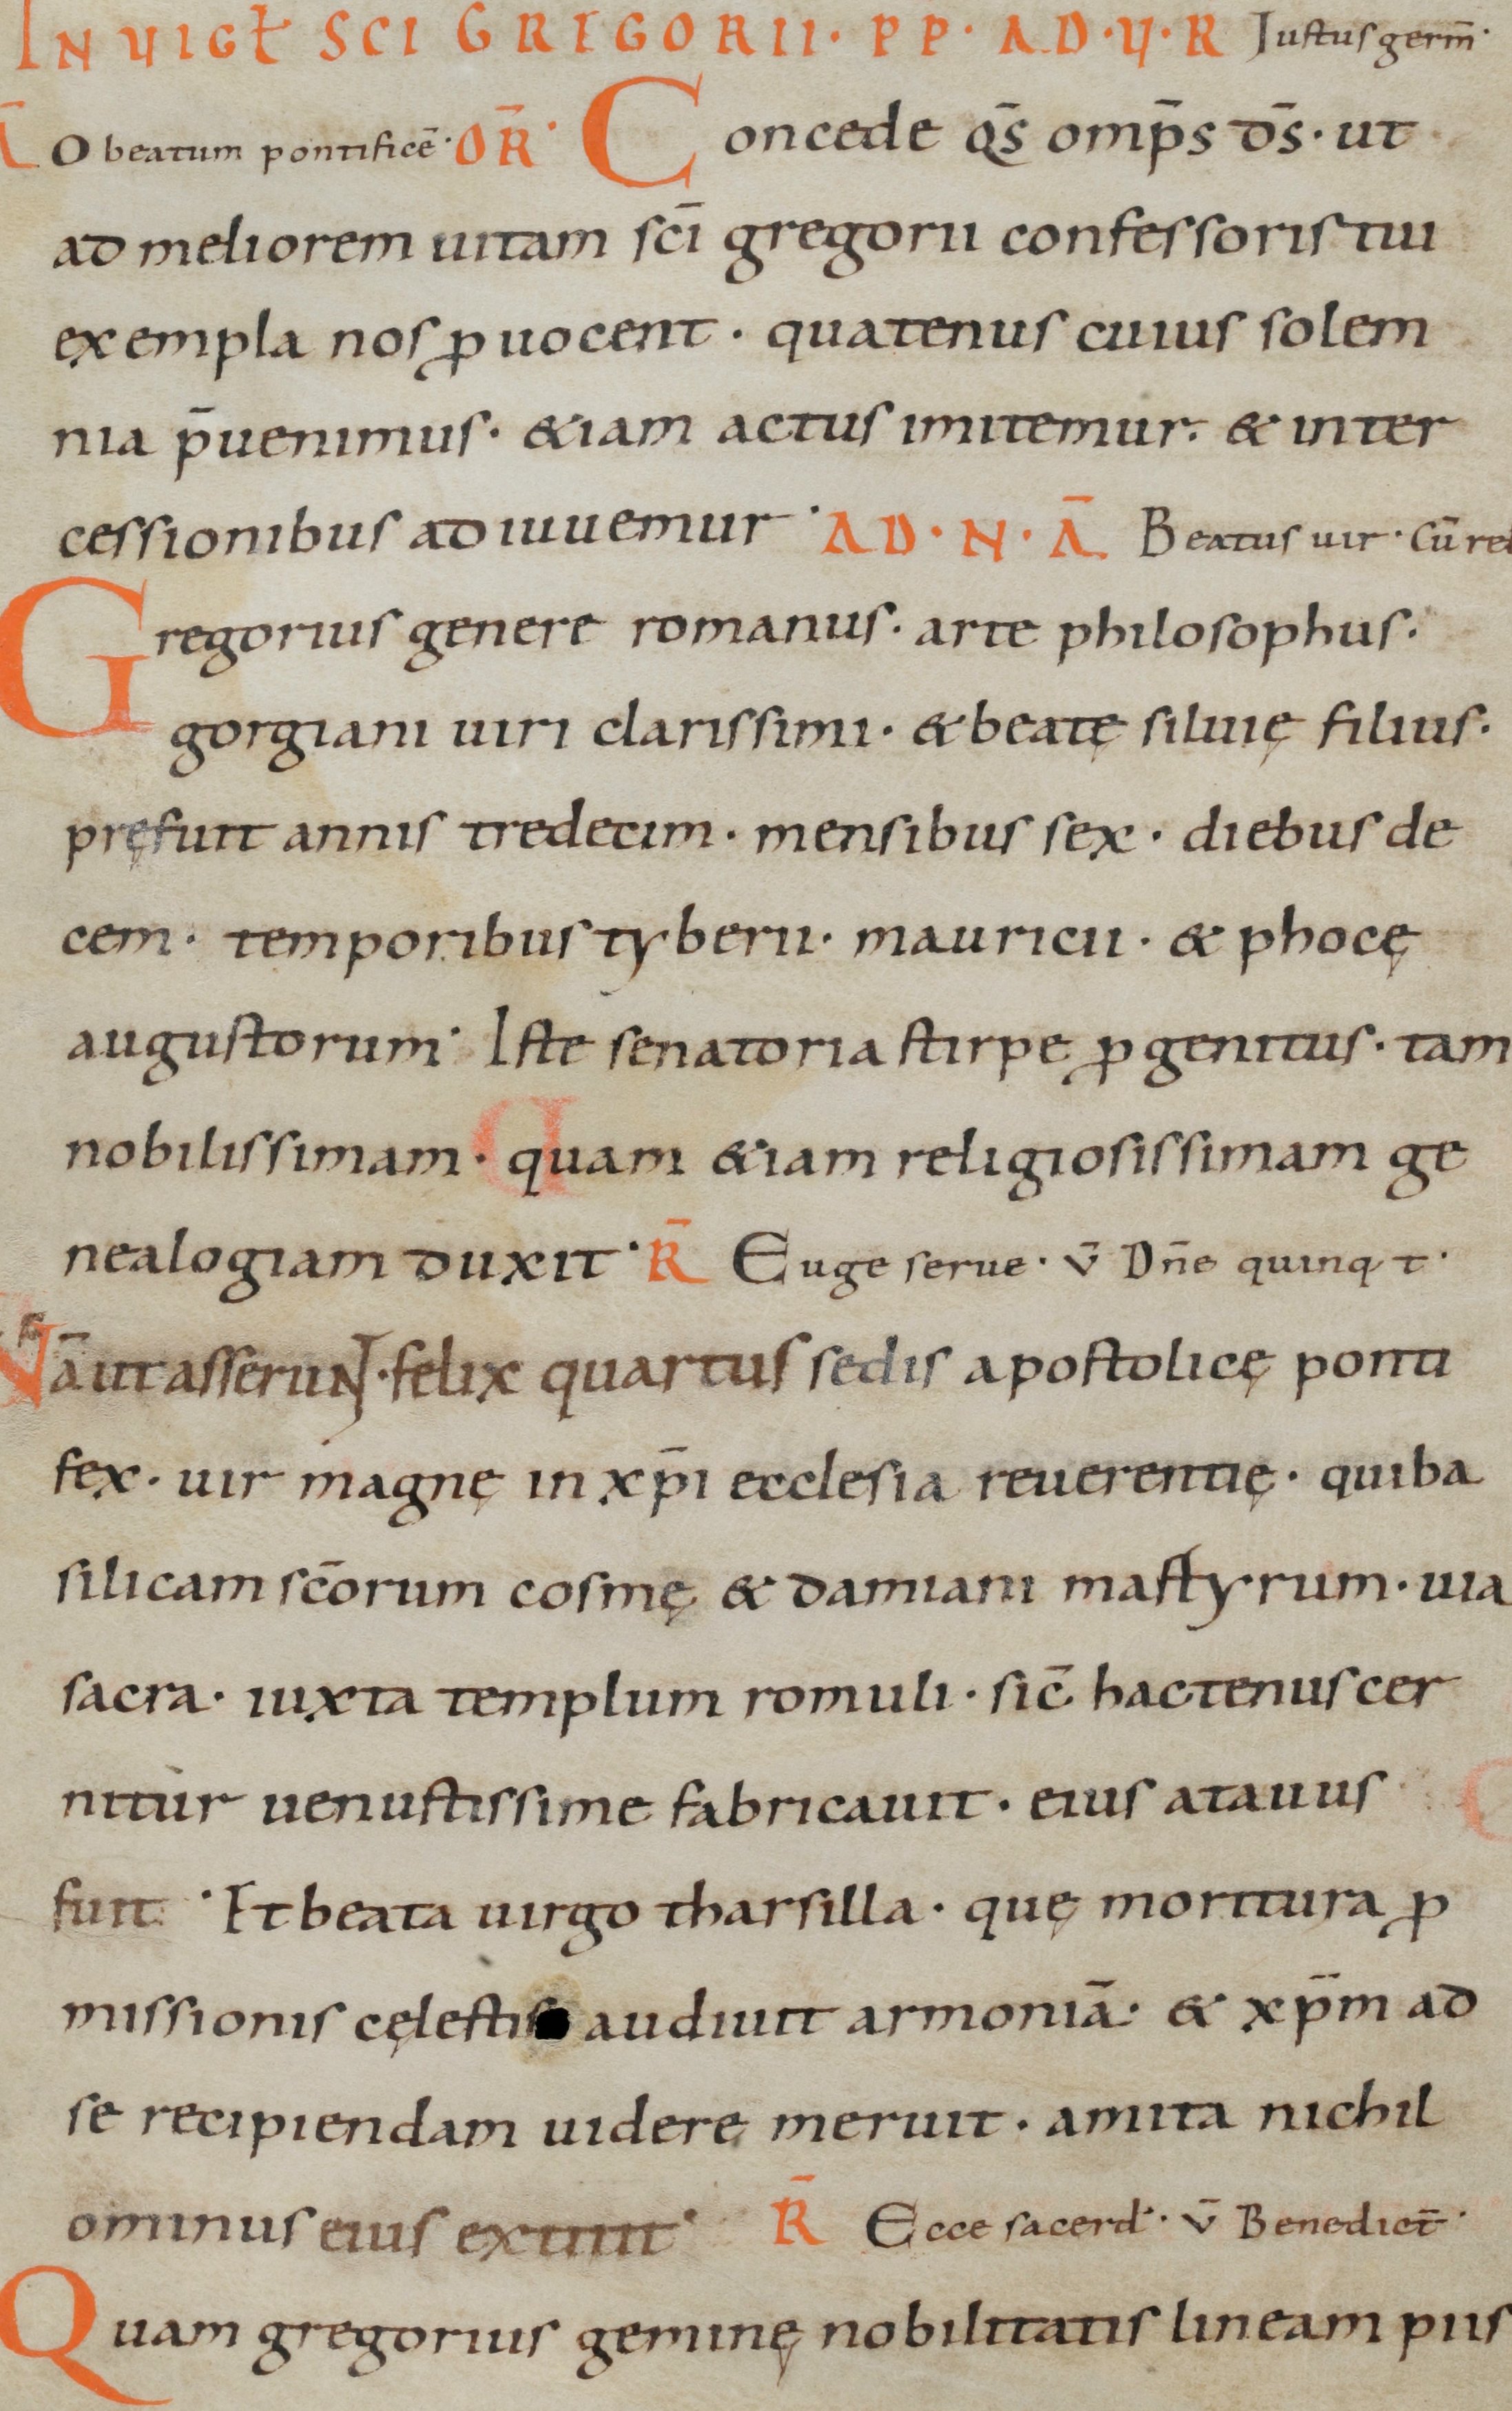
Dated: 1000–1099